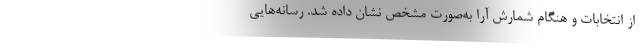
از انتخابات و هنگام شمارش آرا به‌صورت مشخص نشان داده شد. رسانه‌هایی